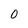
Character: 0